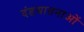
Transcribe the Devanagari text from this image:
दंडयातनाओं